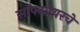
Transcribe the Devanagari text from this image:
स़ॉफ्टवेयरचे